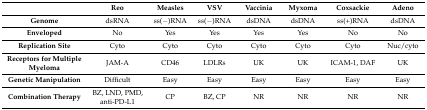
<table><thead><tr><td></td><td><b>Reo</b></td><td><b>Measles</b></td><td><b>VSV</b></td><td><b>Vaccinia</b></td><td><b>Myxoma</b></td><td><b>Coxsackie</b></td><td><b>Adeno</b></td></tr></thead><tbody><tr><td><b>Genome</b></td><td>dsRNA</td><td>ss(−)RNA</td><td>ss(−)RNA</td><td>dsDNA</td><td>dsDNA</td><td>ss(+)RNA</td><td>dsDNA</td></tr><tr><td><b>Enveloped</b></td><td>No</td><td>Yes</td><td>Yes</td><td>Yes</td><td>Yes</td><td>No</td><td>No</td></tr><tr><td><b>Replication Site</b></td><td>Cyto</td><td>Cyto</td><td>Cyto</td><td>Cyto</td><td>Cyto</td><td>Cyto</td><td>Nuc/cyto</td></tr><tr><td><b>Receptors for Multiple Myeloma</b></td><td>JAM-A</td><td>CD46</td><td>LDLRs</td><td>UK</td><td>UK</td><td>ICAM-1, DAF</td><td>UK</td></tr><tr><td><b>Genetic Manipulation</b></td><td>Difficult</td><td>Easy</td><td>Easy</td><td>Easy</td><td>Easy</td><td>Easy</td><td>Easy</td></tr><tr><td><b>Combination Therapy</b></td><td>BZ, LND, PMD, anti-PD-L1</td><td>CP</td><td>BZ, CP</td><td>NR</td><td>NR</td><td>NR</td><td>NR</td></tr></tbody></table>